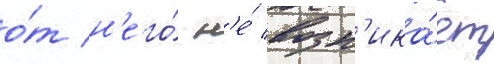
о́т н'его́ н'е́ возн'ика́ет